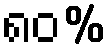
၈၀%